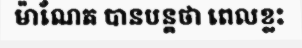
ម៉ាណែត បានបន្តថា ពេលខ្លះ